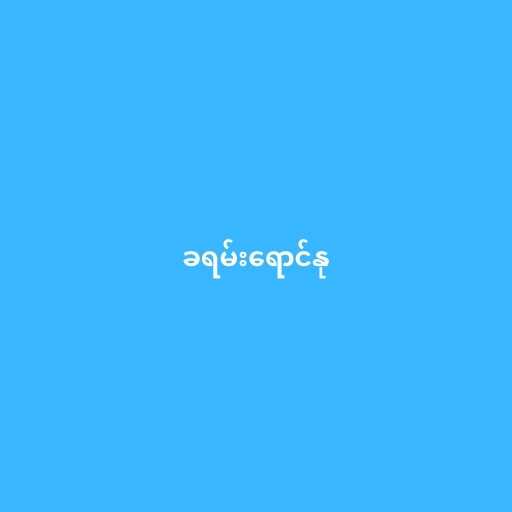
ခရမ်းရောင်နု